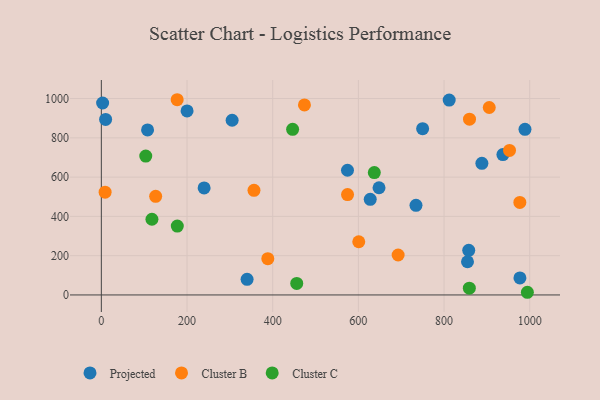
{"axis": {"x": "Engine Size", "y": "Salary"}, "legend": ["Cluster B", "Cluster C", "Projected"], "data": [{"x": "200.1", "y": 936.9, "type": "Projected"}, {"x": "305.3", "y": 889.6, "type": "Projected"}, {"x": "750.0", "y": 846.7, "type": "Projected"}, {"x": "977.1", "y": 86.8, "type": "Projected"}, {"x": "888.3", "y": 670.2, "type": "Projected"}, {"x": "10.0", "y": 893.9, "type": "Projected"}, {"x": "734.5", "y": 456.2, "type": "Projected"}, {"x": "988.9", "y": 843.2, "type": "Projected"}, {"x": "239.9", "y": 545.0, "type": "Projected"}, {"x": "857.6", "y": 227.4, "type": "Projected"}, {"x": "574.6", "y": 634.8, "type": "Projected"}, {"x": "648.2", "y": 545.7, "type": "Projected"}, {"x": "107.9", "y": 840.2, "type": "Projected"}, {"x": "3.0", "y": 977.2, "type": "Projected"}, {"x": "812.0", "y": 992.3, "type": "Projected"}, {"x": "937.4", "y": 714.5, "type": "Projected"}, {"x": "854.7", "y": 169.1, "type": "Projected"}, {"x": "340.2", "y": 79.6, "type": "Projected"}, {"x": "627.7", "y": 486.7, "type": "Projected"}, {"x": "574.7", "y": 511.3, "type": "Cluster B"}, {"x": "388.6", "y": 184.6, "type": "Cluster B"}, {"x": "356.3", "y": 532.5, "type": "Cluster B"}, {"x": "177.0", "y": 994.0, "type": "Cluster B"}, {"x": "474.1", "y": 967.7, "type": "Cluster B"}, {"x": "976.9", "y": 471.2, "type": "Cluster B"}, {"x": "126.8", "y": 502.3, "type": "Cluster B"}, {"x": "8.8", "y": 523.1, "type": "Cluster B"}, {"x": "600.9", "y": 270.9, "type": "Cluster B"}, {"x": "905.5", "y": 954.4, "type": "Cluster B"}, {"x": "692.8", "y": 203.4, "type": "Cluster B"}, {"x": "859.4", "y": 895.0, "type": "Cluster B"}, {"x": "952.8", "y": 736.1, "type": "Cluster B"}, {"x": "103.7", "y": 707.0, "type": "Cluster C"}, {"x": "456.1", "y": 58.5, "type": "Cluster C"}, {"x": "177.3", "y": 350.8, "type": "Cluster C"}, {"x": "859.0", "y": 34.7, "type": "Cluster C"}, {"x": "118.1", "y": 385.3, "type": "Cluster C"}, {"x": "994.5", "y": 13.6, "type": "Cluster C"}, {"x": "637.2", "y": 623.1, "type": "Cluster C"}, {"x": "446.5", "y": 843.3, "type": "Cluster C"}]}